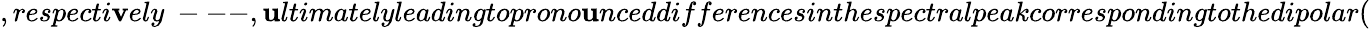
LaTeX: ,respecti\mathbf{v}ely~---,\mathbf{u}ltimatelyleadingtoprono\mathbf{u}nceddifferencesinthespectralpeakcorrespondingtothedipolar(